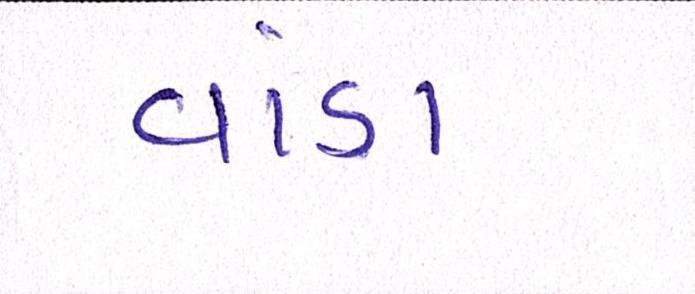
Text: વાંડા